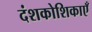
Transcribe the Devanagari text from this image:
दंशकोशिकाएँ